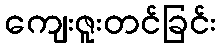
ကျေးဇူးတင်ခြင်း